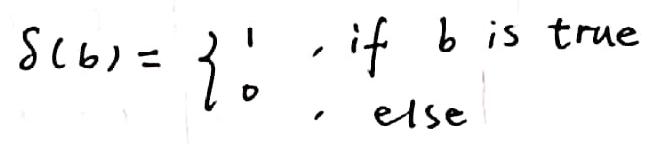
\[
\delta(b)=
\begin{cases}
1, & \text{if } b \text{ is true} \\
0, & \text{else}
\end{cases}
\]